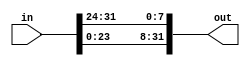
module RotWord # ( parameter BYTE = 8 , parameter WORD = 32 , parameter SENTENCE = 128 )
( input [ WORD-1:0 ] in , output [ WORD-1 : 0 ] out ) ;
	//shift left cyclic byte of the input  
	assign out = { in [ 23 : 16 ] , in [ 15 : 8 ] , in [ 7 : 0 ] , in [ 31 : 24 ] } ;
endmodule